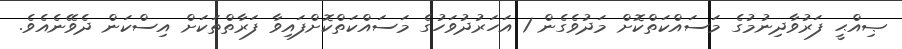
ޞިއްޙީ ފަރުވާދިނުމުގެ މަސައްކަތްކޮށް މަދުވެގެން 1 އަހަރުދުވަހުގެ މަސައްކަތްކޮށްފައިވާ ފަރާތްތަކަށް އިސްކަން ދެވޭނެއެވެ.